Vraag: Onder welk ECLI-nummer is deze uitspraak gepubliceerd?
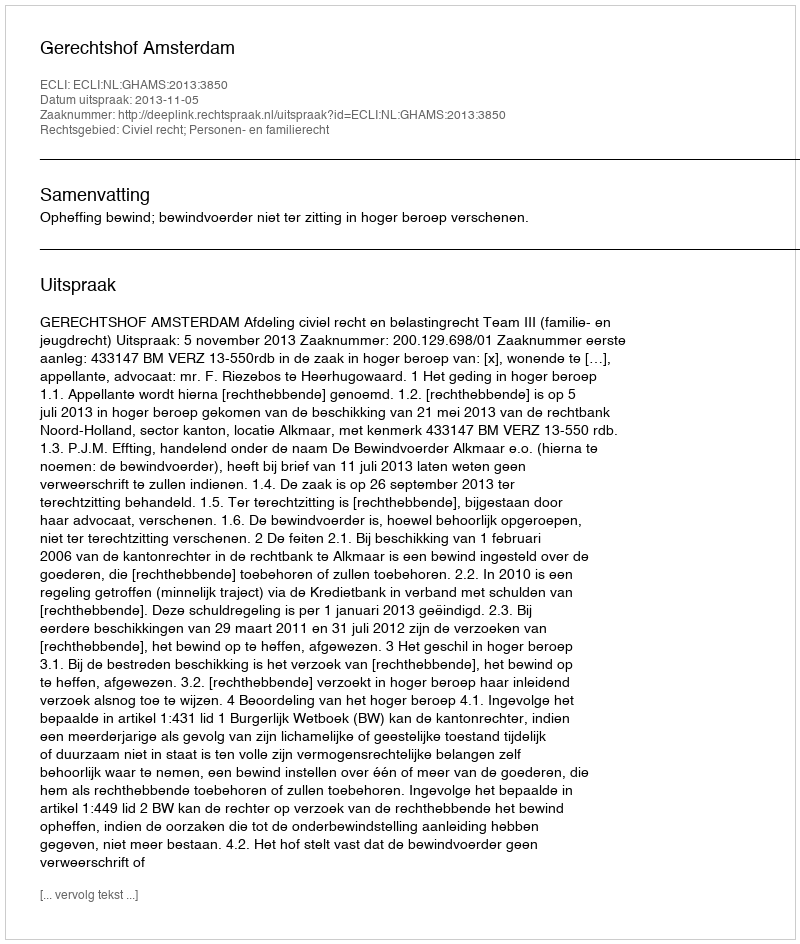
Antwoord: ECLI:NL:GHAMS:2013:3850